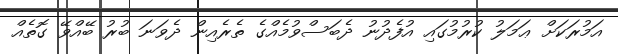
އަމުރަކަށް ޢަމަލު ކުރުމުގައި އުފެދުނު ދެބަސްވުމެއްގެ ތެރެއިން ދެވަނަ ބުރު ބޭއްވޭ ގޮތެއް